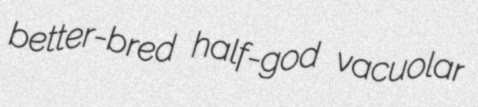
better-bred half-god vacuolar